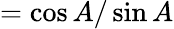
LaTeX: ={\cos A/\sin A}